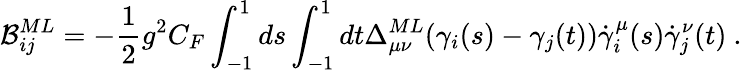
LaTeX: {\cal B}_{ij}^{ML}=-{\frac{1}{2}}g^{2}C_{F}\int_{-1}^{1}ds\int_{-1}^{1}dt\Delta_{\mu\nu}^{ML}(\gamma_{i}(s)-\gamma_{j}(t))\dot{\gamma}_{i}^{\mu}(s)\dot{\gamma}_{j}^{\nu}(t)\ .